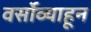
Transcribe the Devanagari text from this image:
वर्सोव्याहून